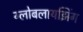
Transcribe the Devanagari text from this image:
ग्लोबलायझिंग